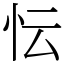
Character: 忶